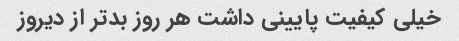
خیلی کیفیت پایینی داشت هر روز بدتر از دیروز